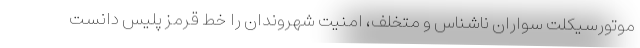
موتورسیکلت سواران ناشناس و متخلف، امنیت شهروندان را خط قرمز پلیس دانست